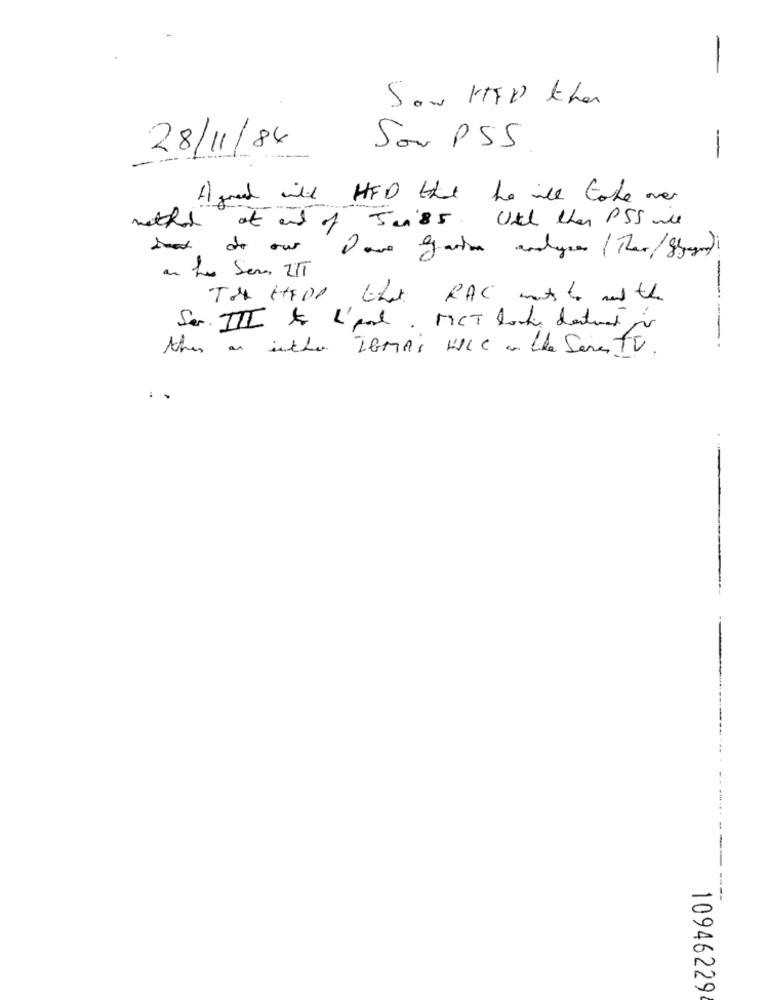
Sow ITED than
28/11/84
Son PSS
-
Agreed will HFD that he will take over
method at end of Jen'85. Usch than PSS wie
that do our Dave garion analyses ( That/Siger).
-
on his Seres ZIT
TO HELP that RAC mats to and the
Ser. III to L'pod. MCT looky detract
this on ischer IGMAS WILL . the Series TV.
10946229